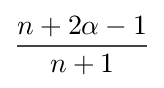
{\frac {n+2{\alpha }-1}{n+1}}